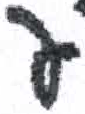
אות: פ